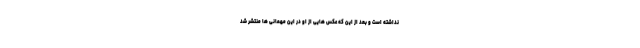
نداشته است و بعد از این که عکس هایی از او در این مهمانی ها منتشر شد